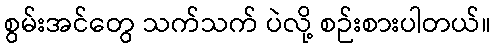
စွမ်းအင်တွေ သက်သက် ပဲလို့ စဉ်းစားပါတယ်။